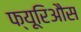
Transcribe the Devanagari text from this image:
फ्यूरिऔस